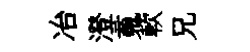
冶澄䰟軟兄